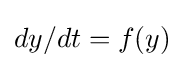
dy/dt=f(y)